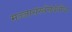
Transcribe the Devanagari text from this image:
मज्जासंस्थेसंबंधीचा